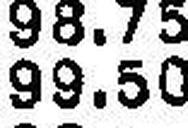
99.50